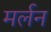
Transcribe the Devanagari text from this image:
मर्लन